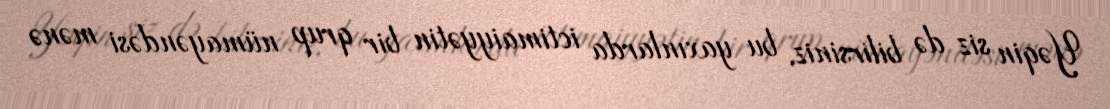
Yəqin siz də bilirsiniz, bu yaxınlarda ictimaiyyətin bir qrup nümayəndəsi mənə